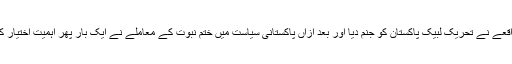
اس واقعے نے تحریک لبیک پاکستان کو جنم دیا اور بعد ازاں پاکستانی سیاست میں ختم نبوت کے معاملے نے ایک بار پھر اہمیت اختیار کر لی۔